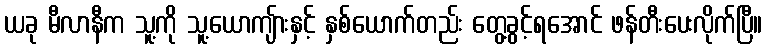
ယခု မီလာနီက သူ့ကို သူ့ယောကျ်ားနှင့် နှစ်ယောက်တည်း တွေ့ခွင့်ရအောင် ဖန်တီးပေးလိုက်ပြီ။